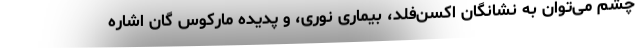
چشم می‌توان به نشانگان اکسن‌فلد، بیماری نوری، و پدیده مارکوس گان اشاره